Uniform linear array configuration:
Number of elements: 4
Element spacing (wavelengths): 0.25
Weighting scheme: blackman
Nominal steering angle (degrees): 45
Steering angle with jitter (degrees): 44.077
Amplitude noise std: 0.05
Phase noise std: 0.05

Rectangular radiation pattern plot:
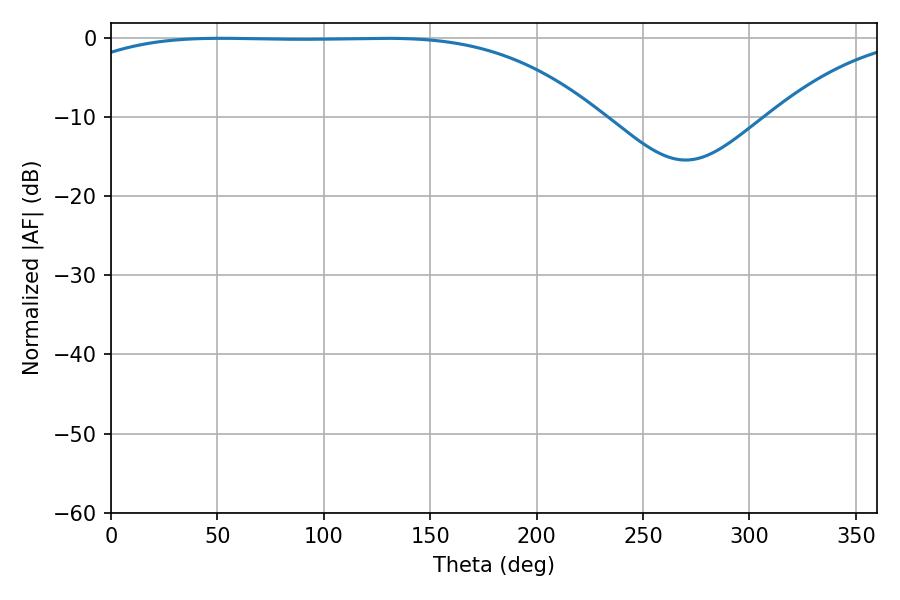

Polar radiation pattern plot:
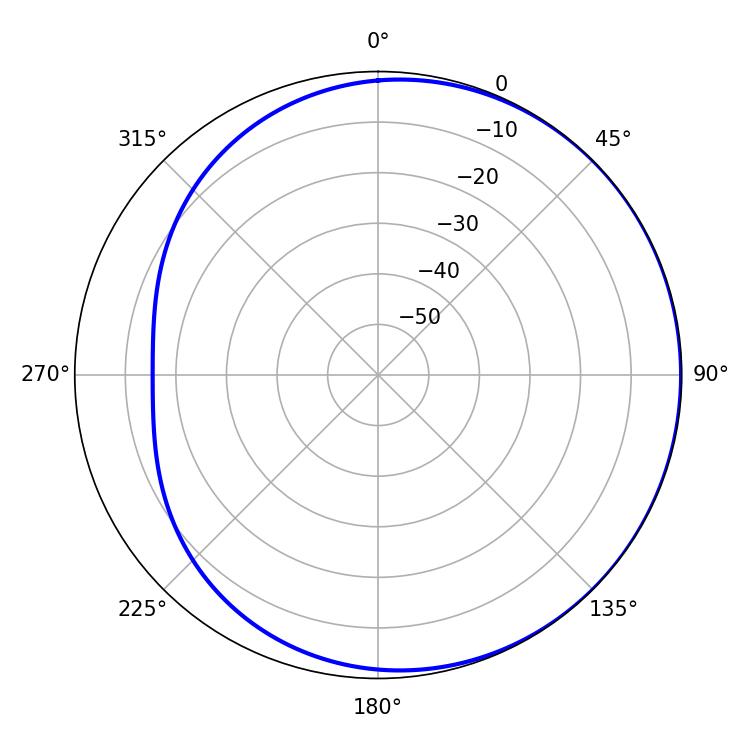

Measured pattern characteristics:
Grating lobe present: FALSE
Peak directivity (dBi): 0.7594
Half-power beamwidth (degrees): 192.42
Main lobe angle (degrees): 51.66